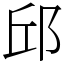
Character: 邱